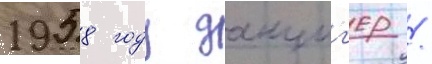
1958 году данциг'ер /